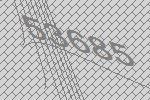
53685